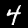
Label: 4